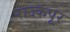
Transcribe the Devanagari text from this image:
राज्कपूर